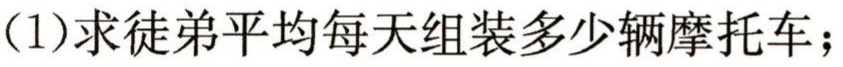
(1)求徒弟平均每天组装多少辆摩托车；